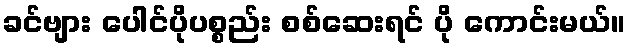
ခင်ဗျား ပေါင်ပိုပစ္စည်း စစ်ဆေးရင် ပို ကောင်းမယ်။